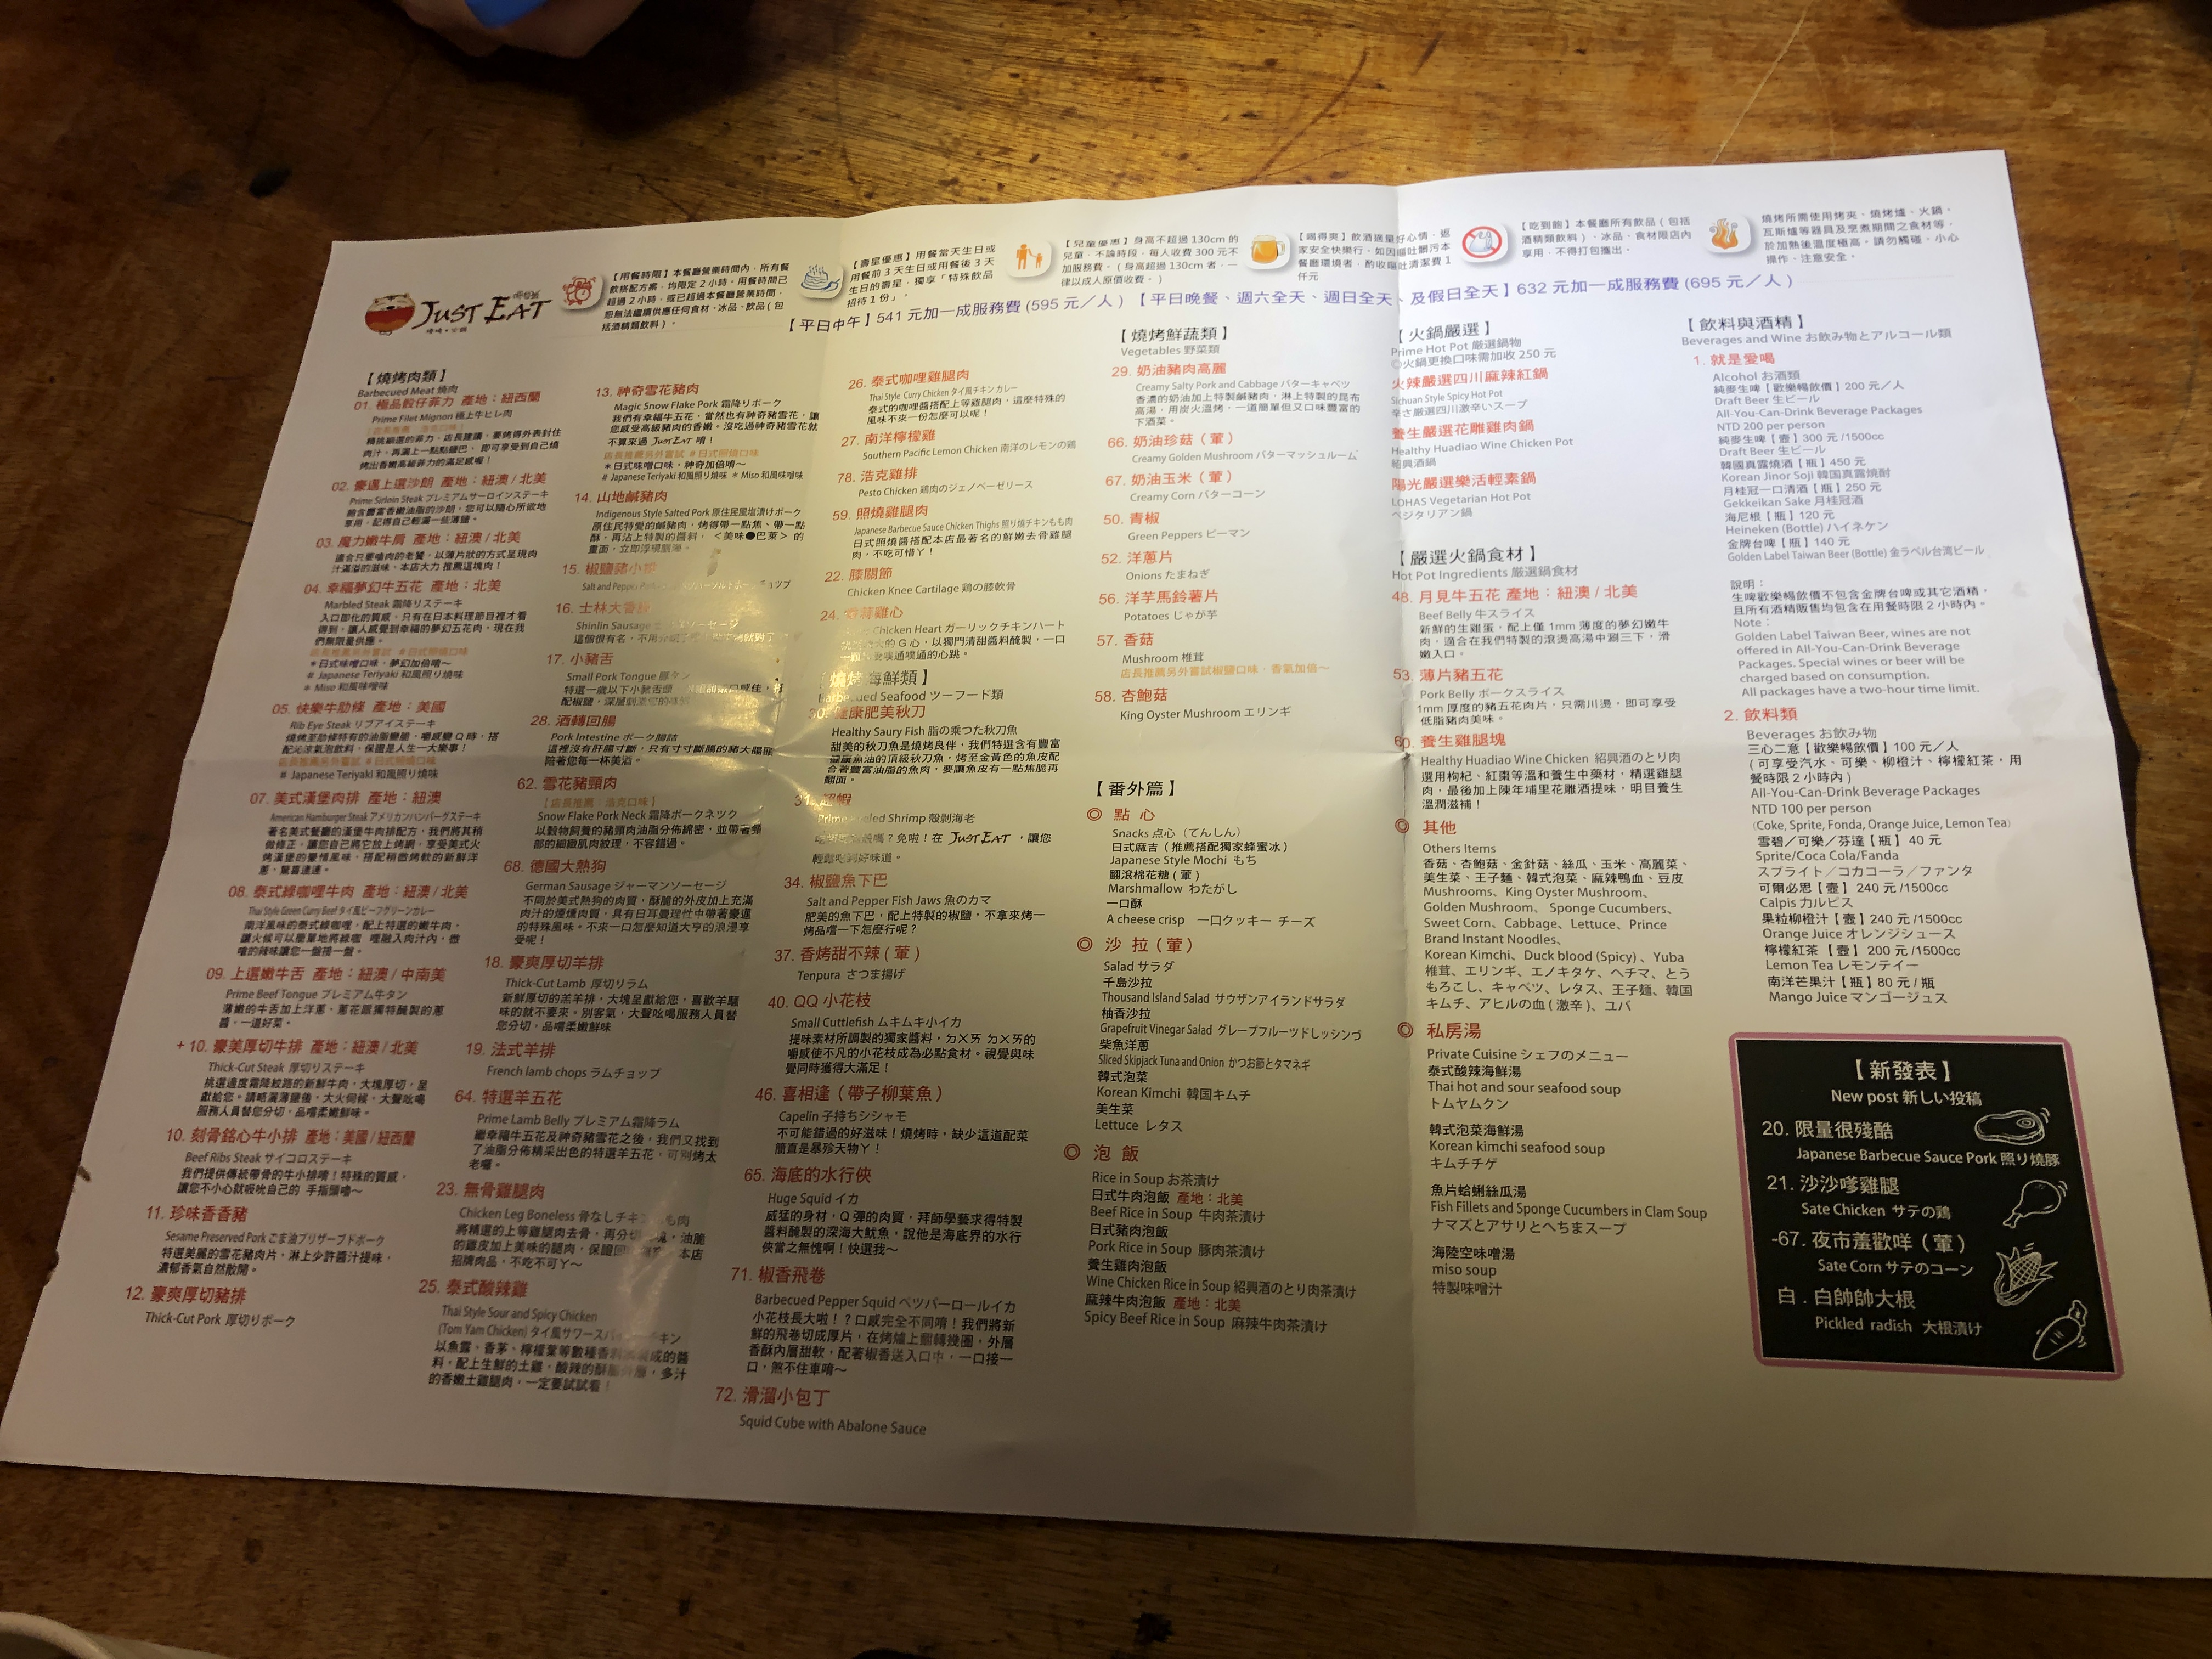
餐廳：Just Eat
營業時間：Weekday lunch; Weekday dinner, all day Saturday, all day Sunday
菜單：
name: Prime Filet Mignon
price: -1
name: Prime Sirloin Steak
price: -1
name: Marbled Steak
price: -1
name: Rib Eye Steak
price: -1
name: American Hamburger Steak
price: -1
name: Thai Style Green Curry Beef
price: -1
name: Prime Beef Tongue
price: -1
name: Beef Ribs Steak
price: -1
name: Sesame Preserved Pork
price: -1
name: Thick-Cut Pork
price: -1
name: Magic Snow Flake Pork
price: -1
name: Indigenous Style Salted Pork
price: -1
name: Thai Style Curry Chicken
price: -1
name: Southern Pacific Lemon Chicken
price: -1
name: Pesto Chicken
price: -1
name: Barbecue Sauce Chicken Thighs
price: -1
name: Healthy Saury Fish
price: -1
name: Prime Shrimp
price: -1
name: Salt and Pepper Fish Jaws
price: -1
name: Tenpura
price: -1
name: Small Cuttlefish
price: -1
name: Capelin
price: -1
name: Huge Squid
price: -1
name: Barbecued Pepper Squid
price: -1
name: Squid Cube with Abalone Sauce
price: -1
name: Creamy Salty Pork and Cabbage
price: -1
name: Creamy Golden Mushroom
price: -1
name: Creamy Corn
price: -1
name: Green Peppers
price: -1
name: Onion
price: -1
name: Potatoes
price: -1
name: Mushroom
price: -1
name: King Oyster Mushroom
price: -1
name: Prime Hot Pot
price: -1
name: Sichuan Spicy Hot Pot
price: -1
name: Healthy Huadiao Wine Chicken Pot
price: -1
name: LOHAS Vegetarian Hot Pot
price: -1
name: Beef Belly Slices
price: -1
name: Pork Belly Slices
price: -1
name: Healthy Huadiao Wine Chicken
price: -1
name: Thai Hot and Sour Seafood Soup
price: -1
name: Korean Kimchi Seafood Soup
price: -1
name: Fish Fillets and Sponge Cucumbers in Clam Soup
price: -1
name: Miso Soup
price: -1
name: Spicy Beef Rice in Soup
price: -1
name: Korean Kimchi Soup
price: -1
name: Spicy Pork Rice in Soup
price: -1
name: Healthy Huadiao Wine Chicken Rice in Soup
price: -1
name: Draft Beer (1500cc)
price: 300元
name: Korean Jinor Soji (Bottle)
price: 450元
name: Gekkeikan Sake (Bottle)
price: 250元
name: Heineken (Bottle)
price: 120元
name: Golden Taiwan Beer (Bottle)
price: 140元
name: Sprite/Coca Cola/Fanta (Cup)
price: 40元
name: Calpis (1500cc)
price: 240元
name: Orange Juice (1500cc)
price: 240元
name: Lemon Tea (1500cc)
price: 200元
name: Mango Juice (Bottle)
price: 80元
name: Japanese Barbecue Sauce Pork
price: -1
name: Sate Chicken
price: -1
name: Sate Corn
price: -1
name: Pickled radish
price: -1